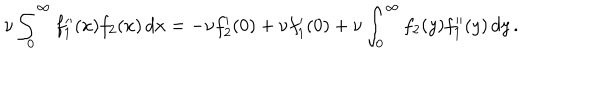
\nu \int _ { 0 } ^ { \infty } f _ { 1 } ^ { \prime \prime } ( x ) f _ { 2 } ( x ) \, d x = - \nu f _ { 2 } ^ { \prime } ( 0 ) + \nu f _ { 1 } ^ { \prime } ( 0 ) + \nu \int _ { 0 } ^ { \infty } f _ { 2 } ( y ) f _ { 1 } ^ { \prime \prime } ( y ) \, d y \, .